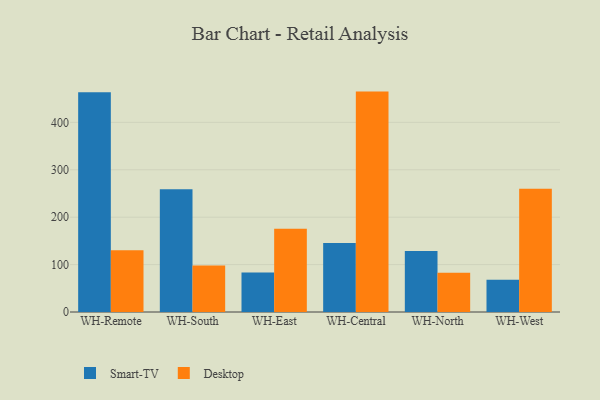
{"axis": {"x": "Warehouse", "y": "Energy Usage (MWh)"}, "legend": ["Desktop", "Smart-TV"], "data": [{"x": "WH-Remote", "y": 463.4, "type": "Smart-TV"}, {"x": "WH-Remote", "y": 130.1, "type": "Desktop"}, {"x": "WH-South", "y": 258.9, "type": "Smart-TV"}, {"x": "WH-South", "y": 98.0, "type": "Desktop"}, {"x": "WH-East", "y": 83.4, "type": "Smart-TV"}, {"x": "WH-East", "y": 175.7, "type": "Desktop"}, {"x": "WH-Central", "y": 145.4, "type": "Smart-TV"}, {"x": "WH-Central", "y": 464.9, "type": "Desktop"}, {"x": "WH-North", "y": 128.6, "type": "Smart-TV"}, {"x": "WH-North", "y": 82.8, "type": "Desktop"}, {"x": "WH-West", "y": 67.8, "type": "Smart-TV"}, {"x": "WH-West", "y": 260.1, "type": "Desktop"}]}